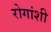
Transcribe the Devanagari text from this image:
रोगांशी